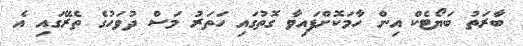
ބާރަތު ބަޔޯޓެކް އިން ހާމަކޮށްފައިވާ ގޮތުގައި ހަތަރު މަސް ދުވަހުގެ ތެރޭގައި އެ